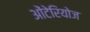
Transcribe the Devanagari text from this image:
ओंटेरियोज